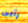
رأيى